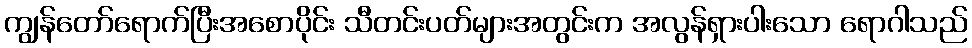
ကျွန်တော်ရောက်ပြီးအစောပိုင်း သီတင်းပတ်များအတွင်းက အလွန်ရှားပါးသော ရောဂါသည်